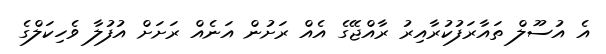
އެ އުސޫލް ތައާރަފުކުރާއިރު ރާއްޖޭގެ އެއް ރަށުން އަނެއް ރަށަށް އުފުލާ ވެހިކަލްގެ